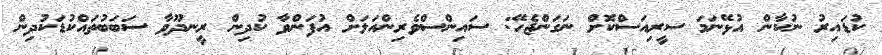
ކުޑައިރު ނުކާން އުޅޭނަމަ ސީރިއަސްކޮށް ނަގަންޖެހޭ: ސައިންސްވެރިންއަލަށް އުފަންވާ ކުދިން ރީނދޫވާ ސަބަބުތައްކުޑަކުދިން